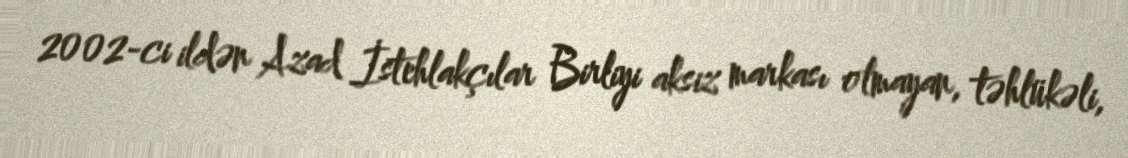
2002-ci ildən Azad İstehlakçılar Birliyi aksiz markası olmayan, təhlükəli,